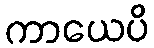
ကာယေပိ